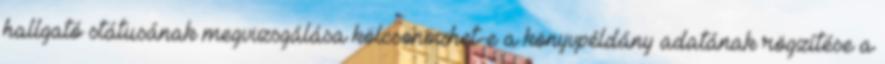
hallgató státusának megvizsgálása kölcsönözhet-e a könyvpéldány adatának rögzítése a